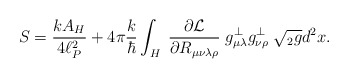
\begin{align*}S = {k A_H\over4\ell_P^2} + 4\pi {k\over\hbar} \int_H \; {\partial{\cal L} \over \partial R_{\mu\nu\lambda\rho}} \; g^\perp_{\mu\lambda} g^\perp_{\nu\rho}\;\sqrt{ {}_2 g} d^2x .\end{align*}